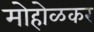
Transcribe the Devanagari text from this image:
मोहोळकर